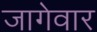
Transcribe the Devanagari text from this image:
जागेवार